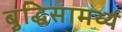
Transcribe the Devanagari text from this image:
बुद्धिसामर्थ्य